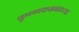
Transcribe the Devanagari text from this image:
कृष्णकमळाच्या